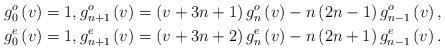
LaTeX: \begin{align*}g_{0}^{o}\left( v\right) & =1,g_{n+1}^{o}\left( v\right) =\left(v+3n+1\right) g_{n}^{o}\left( v\right) -n\left( 2n-1\right) g_{n-1}^{o}\left( v\right) ,\\g_{0}^{e}\left( v\right) & =1,g_{n+1}^{e}\left( v\right) =\left(v+3n+2\right) g_{n}^{e}\left( v\right) -n\left( 2n+1\right) g_{n-1}^{e}\left( v\right) .\end{align*}